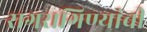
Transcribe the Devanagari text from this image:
रागरागिण्यांची